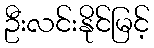
ဦးလင်းနိုင်မြင့်